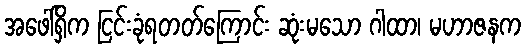
အဖေါ်ရှိက ငြင်းခုံရတတ်ကြောင်း ဆုံးမသော ဂါထာ၊ မဟာဇနက